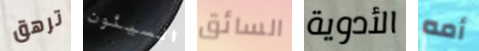
ترهق السيئون السائق الأدوية أمه